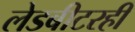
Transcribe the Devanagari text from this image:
लेडबीटरही